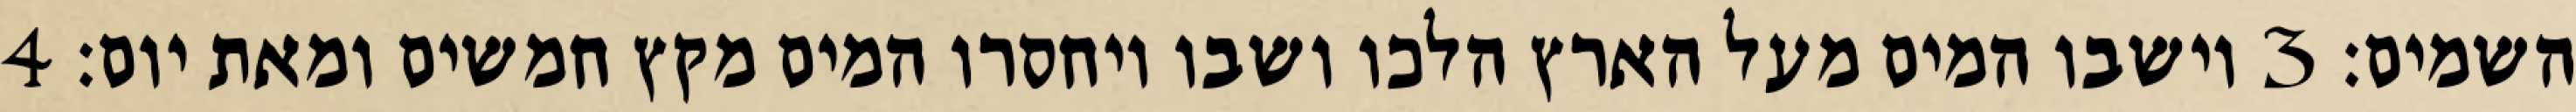
השמים׃ ‎3‏ וישבו המים מעל הארץ הלכו ושבו ויחסרו המים מקץ חמשים ומאת יום׃ ‎4‏